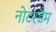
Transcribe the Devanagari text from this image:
नोटरडैम